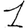
Digit: 1